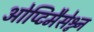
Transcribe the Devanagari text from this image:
ओप्टिमैसेश्न्न